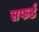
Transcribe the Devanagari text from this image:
सफर्ड